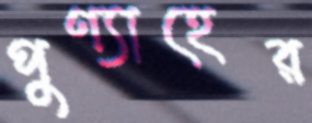
পুণ্যাহের